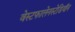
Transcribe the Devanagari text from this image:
वेस्टफालेनस्टेडियॉन